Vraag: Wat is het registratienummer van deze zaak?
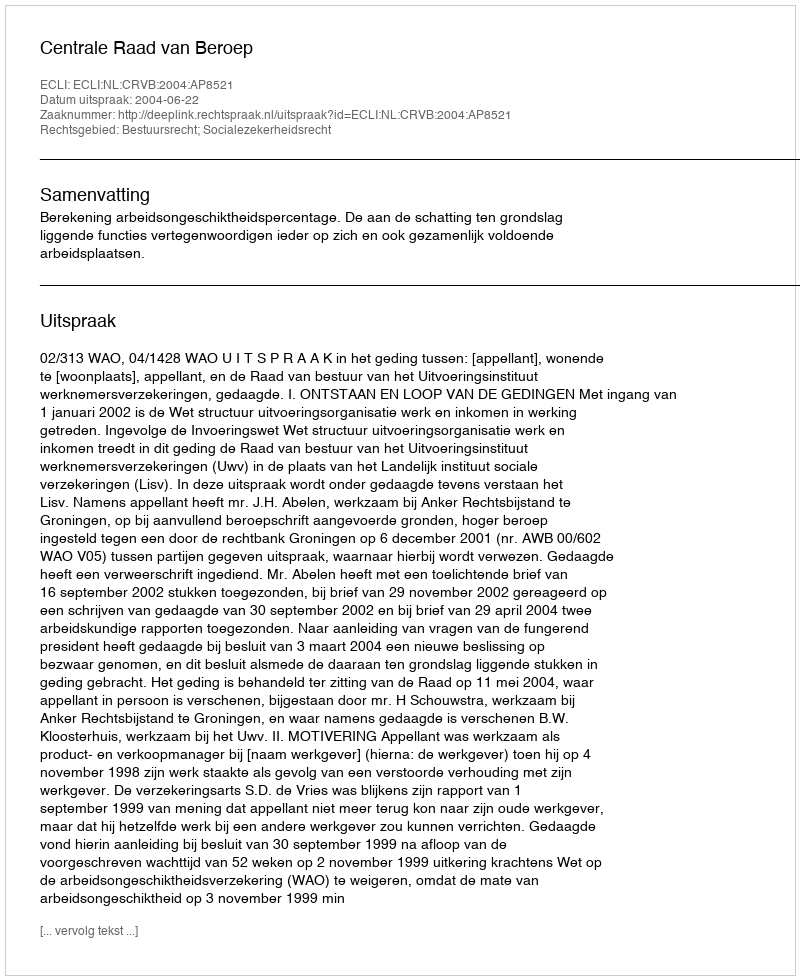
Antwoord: http://deeplink.rechtspraak.nl/uitspraak?id=ECLI:NL:CRVB:2004:AP8521